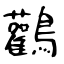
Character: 鸛